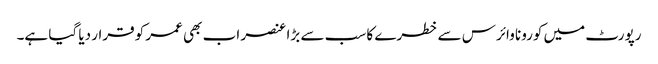
رپورٹ میں کورونا وائرس سے خطرے کا سب سے بڑا عنصر اب بھی عمر کو قرار دیا گیا ہے۔